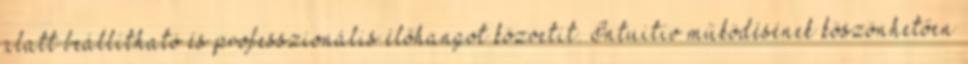
alatt beállítható és professzionális élőhangot közvetít. Intuitív működésének köszönhetően